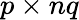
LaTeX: p\times nq